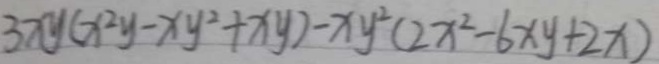
3 x y ( x ^ { 2 } y - x y ^ { 2 } + x y ) - x y ^ { 2 } ( 2 x ^ { 2 } - 6 x y + 2 x )